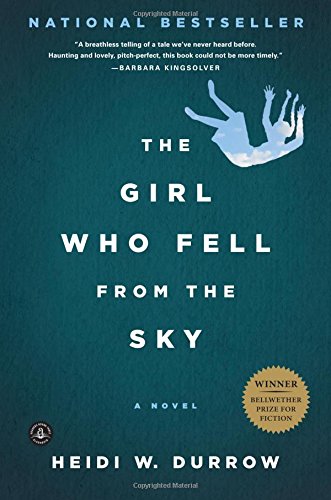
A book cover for The Girl Who Fell from the Sky; Heidi W. Durrow; Literature & Fiction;